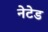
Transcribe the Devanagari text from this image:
नेटेड